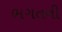
ભગતની